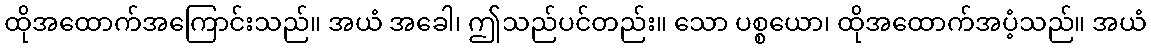
ထိုအထောက်အကြောင်းသည်။ အယံ အခေါ၊ ဤသည်ပင်တည်း။ သော ပစ္စယော၊ ထိုအထောက်အပံ့သည်။ အယံ